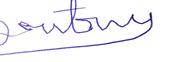
Signature authenticity: forged